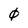
Character: 0